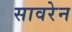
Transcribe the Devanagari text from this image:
सावरेन